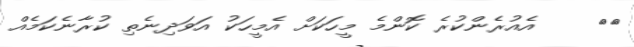
٣٨    އެއުރެންކުރެ ކޮންމެ މީހަކަށް އެމީހަކު އަވަދިނެތި ކުރާނެކަމެއް